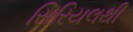
સિરિયલથી